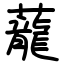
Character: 蘢